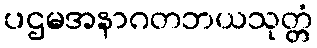
ပဌမအနာဂတဘယသုတ္တံ